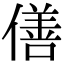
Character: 僐